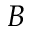
B